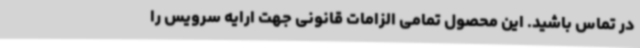
در تماس باشید. این محصول تمامی الزامات قانونی جهت ارایه سرویس را